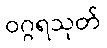
ဝဂ္ဂရသုတ်